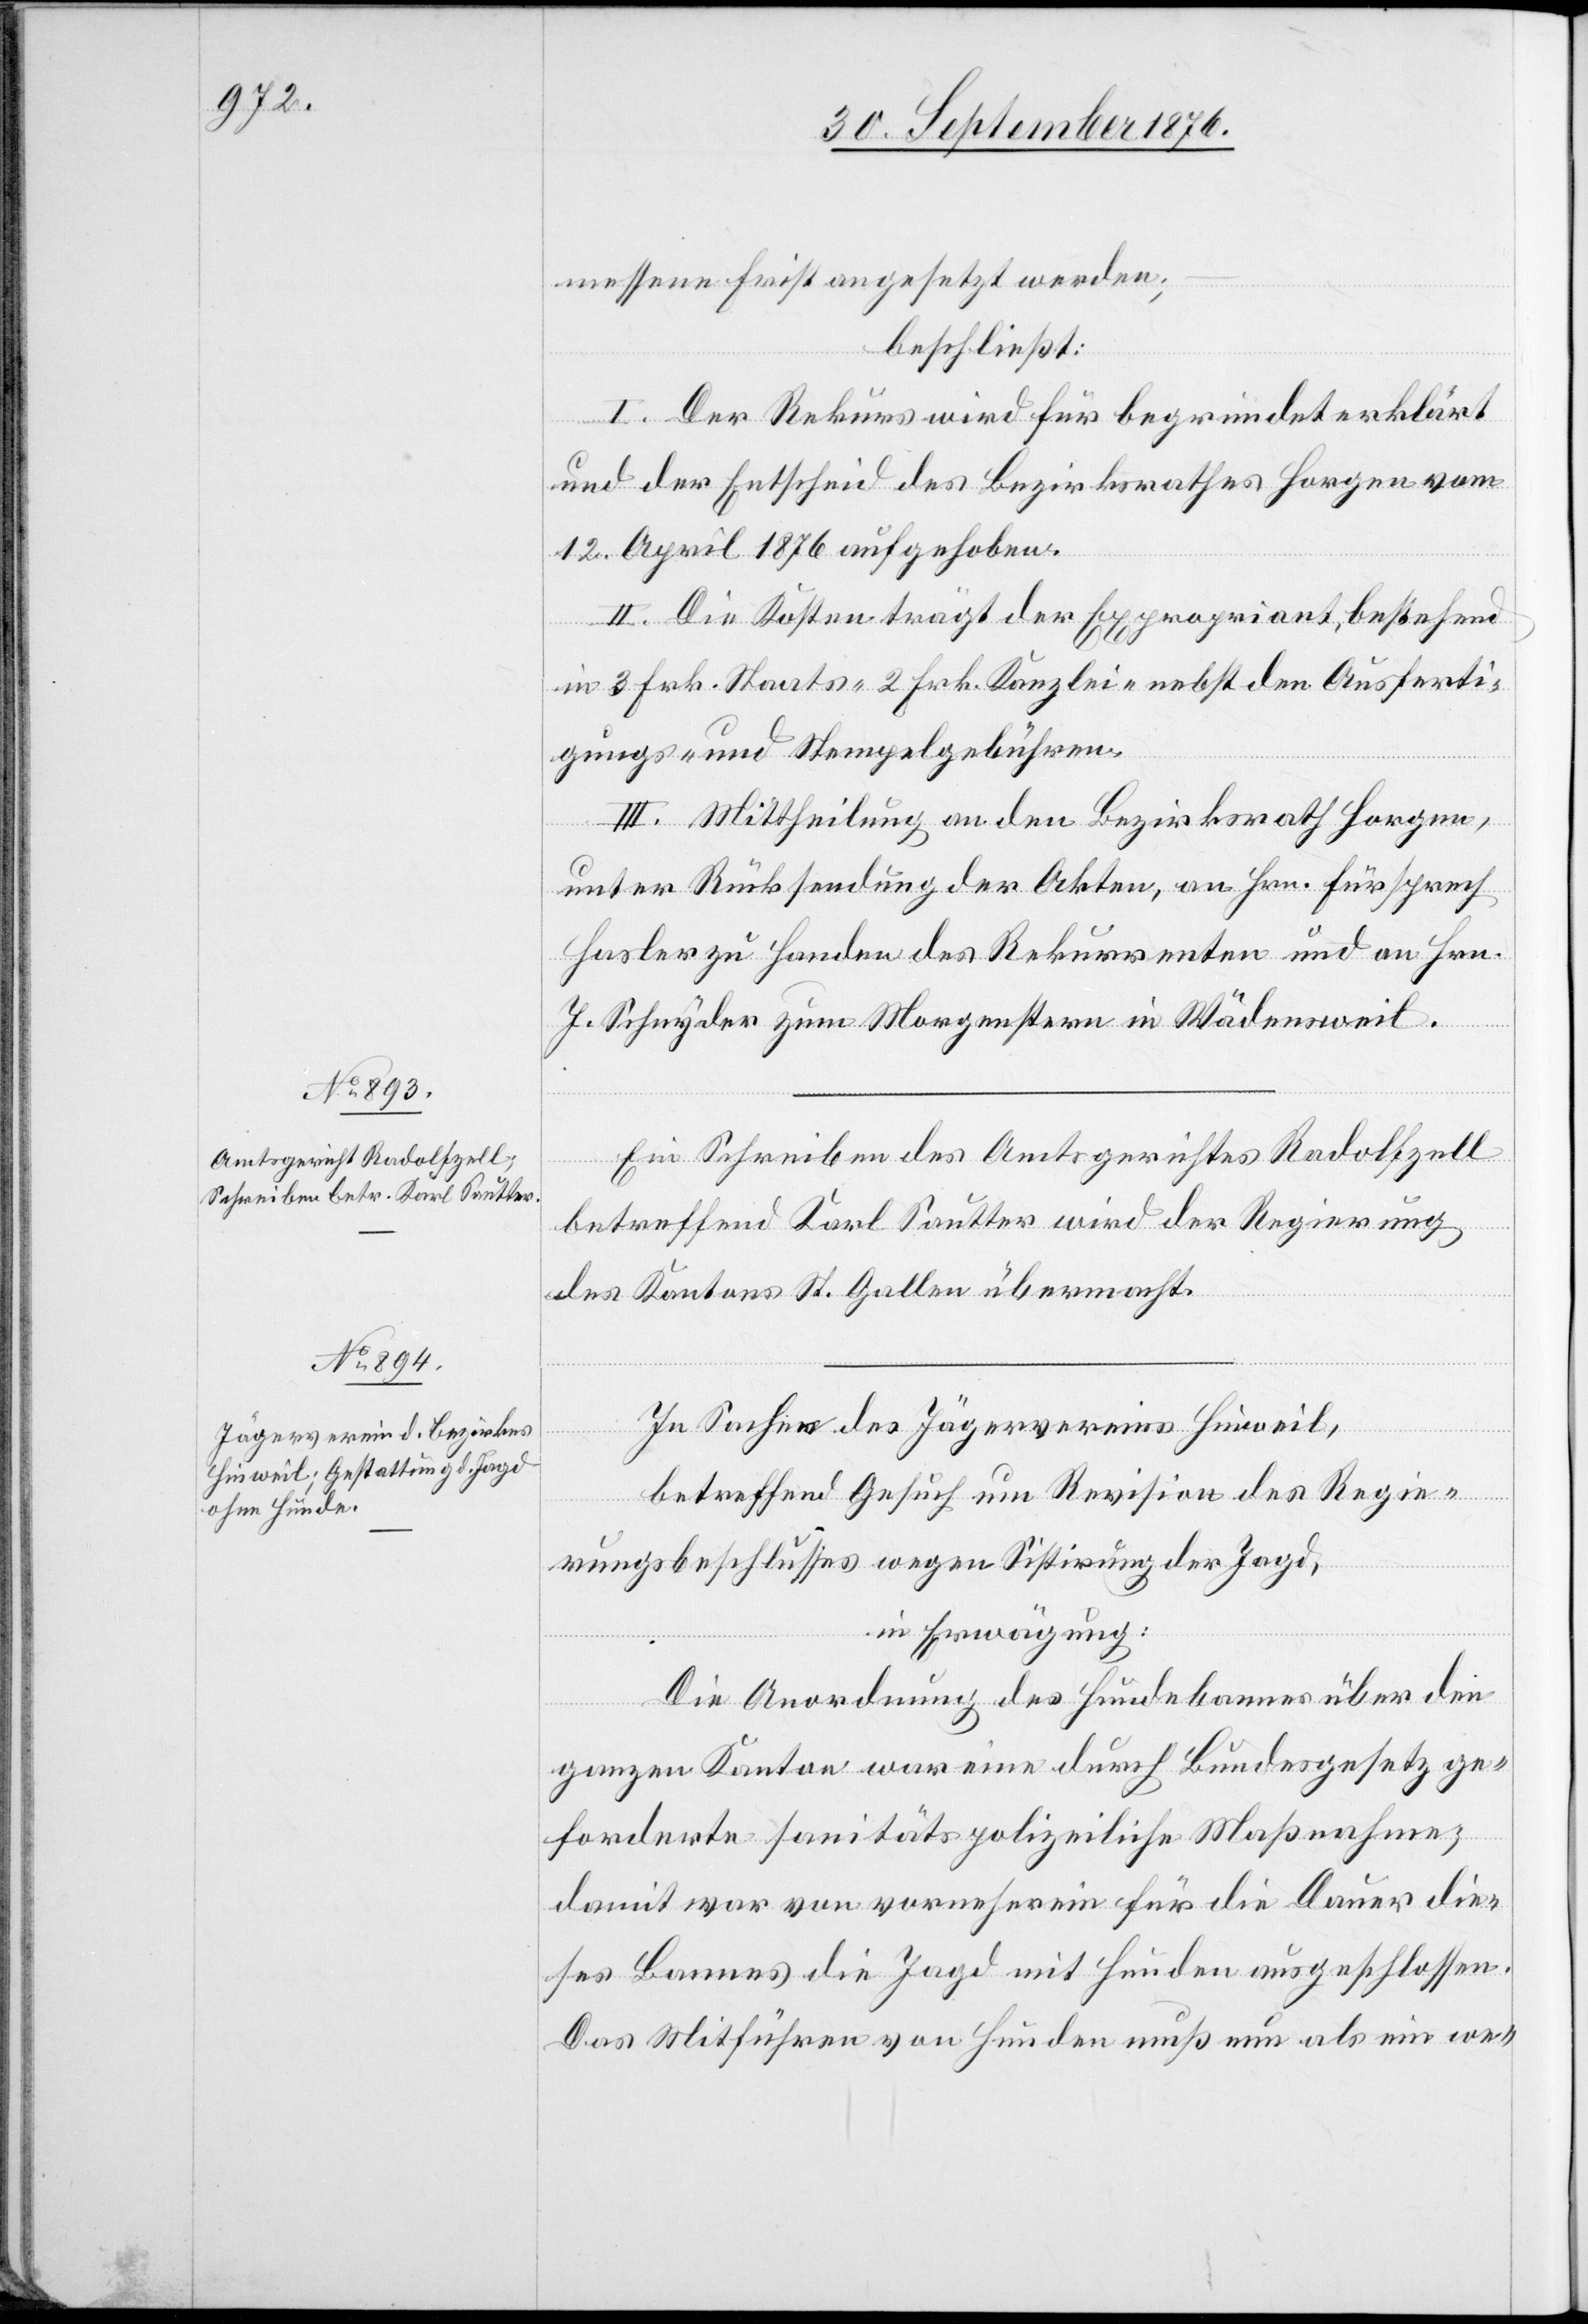
Ein Schreiben des Amtsgerichtes Radolfzell
betreffend Karl Sautter wird der Regierung
des Kantons St. Gallen übermacht.
In Sachen des Jägervereins Hinweil,
betreffend Gesuch um Revision des Regie¬
rungsbeschlusses wegen Sistirung der Jagd,
in Erwägung:
Die Anordnung des Hundebannes über den
ganzen Kanton war eine durch Bundesgesetz ge¬
forderte sanitätspolizeiliche Maßnahme;
damit war von vornherein für die Dauer die¬
ses Bannes die Jagd mit Hunden ausgeschlossen.
Das Mitführen von Hunden muß nun als ein we-